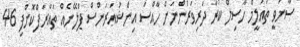
ސާނަވީ ތައުލީމް ހާސިލް ކުރާ ދަރިވަރުންނަށް ހާއްސަ އިންޝުއަރަންސް ޕްލޭނެއް ތައާރަފްކޮށްފި 46